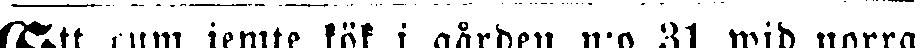
Ett rum jemte kök i gården n:o 31 wid norra